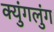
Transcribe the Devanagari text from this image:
क्युंगलुंग